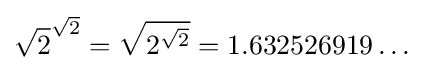
{\sqrt {2}}^{\sqrt {2}}={\sqrt {2^{\sqrt {2}}}}=1.632526919\ldots